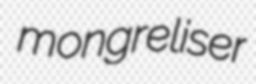
mongreliser